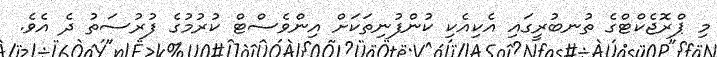
މި ޕްރޮޖެކްޓްގެ ތުނބުރީގައި އެކިއެކި ކުންފުނިތަކަށް އިންވެސްޓް ކުރުމުގެ ފުރުސަތު ދެ އެވެ.